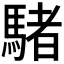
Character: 𩤜